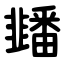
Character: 䪤